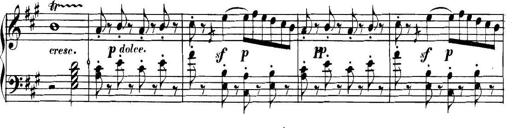
Title: Collected Piano Sonatas
Composer: Muzio Clementi